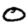
Digit: 0